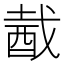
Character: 酨